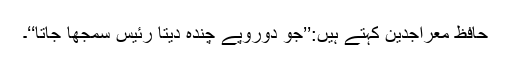
حافظ معراجدین کہتے ہیں:’’جو دوروپے چندہ دیتا رئیس سمجھا جاتا‘‘۔